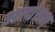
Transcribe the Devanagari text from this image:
अत्यंतश्